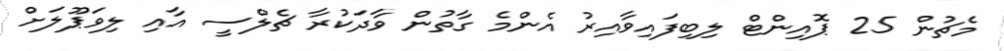
މެޗުން 25 ޕޮއިންޓް ލިބިފައިވާއިރު އެންމެ ގާތުން ވާދަކުރާ ޗެލްސީ އާއި ލިވަޕޫލަށް